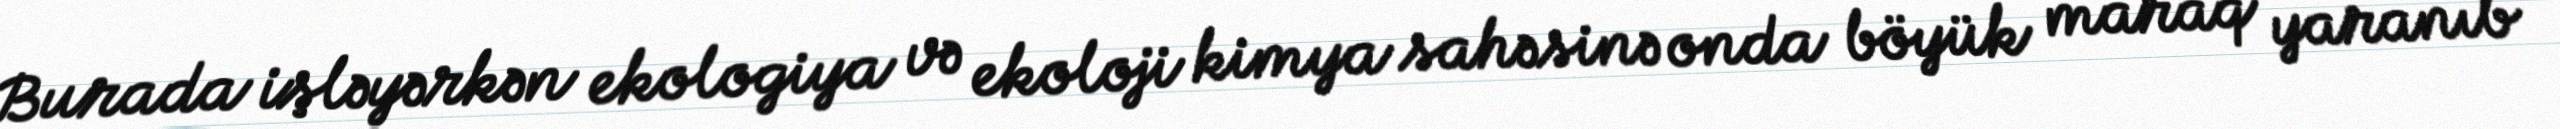
Burada işləyərkən ekologiya və ekoloji kimya sahəsinə onda böyük maraq yaranıb